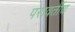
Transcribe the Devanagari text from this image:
परावर्तीय